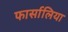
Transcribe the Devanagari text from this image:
फार्सालिया